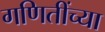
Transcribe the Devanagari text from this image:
गणितींच्या